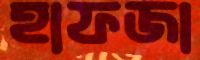
হাফজা